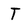
Character: T